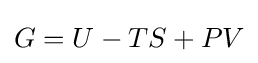
G=U-TS+PV